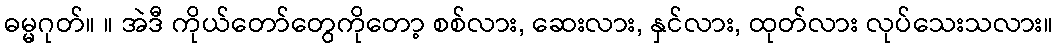
ဓမ္မဂုတ်။ ။ အဲဒီ ကိုယ်တော်တွေကိုတော့ စစ်လား, ဆေးလား, နှင်လား, ထုတ်လား လုပ်သေးသလား။